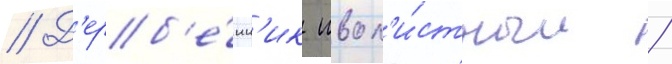
// Д'ерб'е́нн'ик ивол'и́стныи /